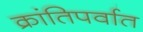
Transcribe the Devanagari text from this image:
क्रांतिपर्वात